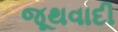
જૂથવાદી